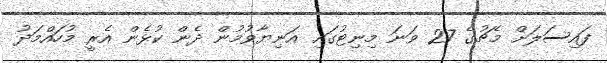
ފައިސަލަށް މެޗުގެ 27 ވަނަ މިނިޓުގައި އަނިޔާވުމުން ދެން ކުޅެން އެރީ މުހައްމަދު